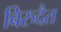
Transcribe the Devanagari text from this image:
बिरुदैत